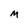
Character: m